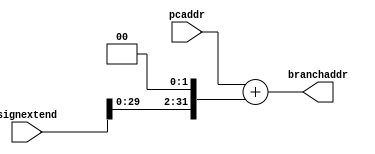
`timescale 1ps/1ps
module branchadder(input [31:0] signextend, pcaddr,
                   output [31:0] branchaddr);
    assign branchaddr = pcaddr + (signextend<<2);
endmodule // branchadder